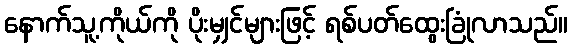
နောက်သူ့ကိုယ်ကို ပိုးမျှင်များဖြင့် ရစ်ပတ်ထွေးခြုံလာသည်။